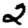
Digit: 2